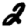
Digit: 2